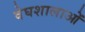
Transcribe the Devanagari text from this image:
वेघशालाओं